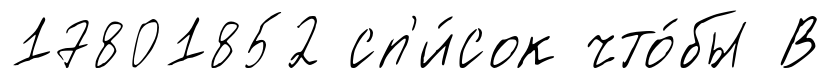
17801852 сп'и́сок что́бы В